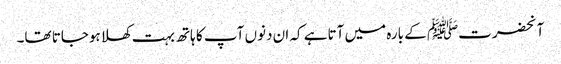
آنحضرتﷺ کے بارہ میں آتاہے کہ ان دنوں آپ کا ہاتھ بہت کھلا ہوجاتا تھا۔